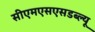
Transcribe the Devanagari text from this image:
सीएमएसएसडब्ल्यू